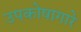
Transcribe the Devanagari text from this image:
उपकोषागारे